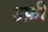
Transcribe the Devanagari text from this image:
उफ़ी